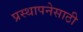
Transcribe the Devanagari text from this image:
प्रस्थापनेसाठी